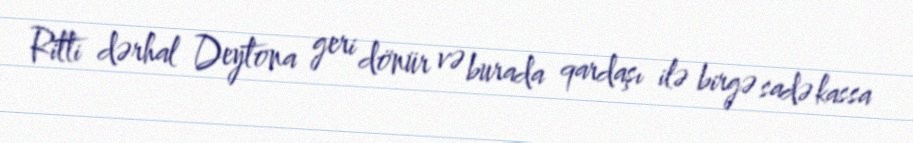
Ritti dərhal Deytona geri dönür və burada qardaşı ilə birgə sadə kassa